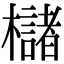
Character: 櫧